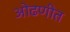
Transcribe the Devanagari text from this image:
ओढणीत